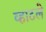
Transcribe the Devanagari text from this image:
व्हाटले